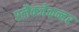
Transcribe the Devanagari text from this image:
एलैक्जेकन्डर